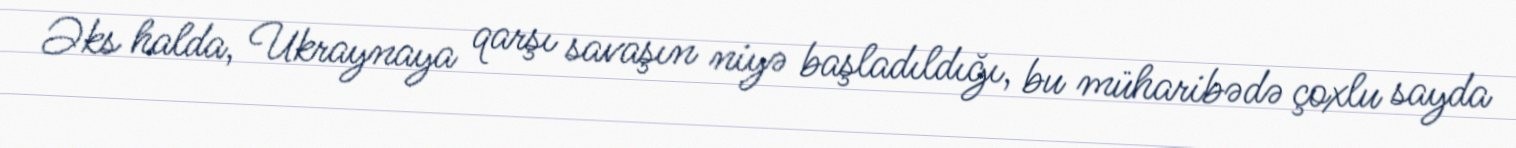
Əks halda, Ukraynaya qarşı savaşın niyə başladıldığı, bu müharibədə çoxlu sayda